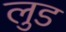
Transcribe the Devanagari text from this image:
लुड